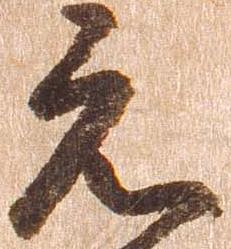
元